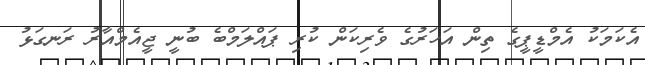
އެކަމަކު އެމްޑީޕީގެ ތިން އަހަރުގެ ވެރިކަން ކުރި ޕައްލަމްބެ ބުނީ ޖީއެމްއާރު ރަނގަޅު